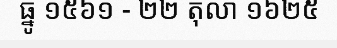
ធ្នូ ១៥៦១ - ២២ តុលា ១៦២៥